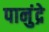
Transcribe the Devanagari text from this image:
पानुंद्रे